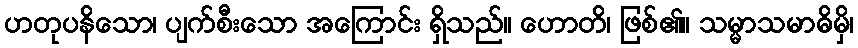
ဟတုပနိသော၊ ပျက်စီးသော အကြောင်း ရှိသည်။ ဟောတိ၊ ဖြစ်၏။ သမ္မာသမာဓိမှိ၊